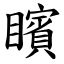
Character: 矉